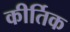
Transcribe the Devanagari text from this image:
कीर्तिक